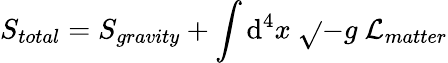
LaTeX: S_{total}=S_{gravity}+\int\mathrm{d}^{4}x~\sqrt{}{{-g}}~{\cal{L}}_{matter}